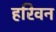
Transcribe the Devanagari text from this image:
हरिवन